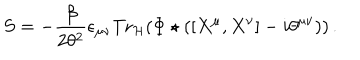
LaTeX: S = - \frac { \beta } { 2 \theta ^ { 2 } } \epsilon _ { \mu \nu } { \mathrm { T r } } _ { { \cal H } } ( \Phi \star ( [ X ^ { \mu } , X ^ { \nu } ] - i \theta ^ { \mu \nu } ) ) \, .